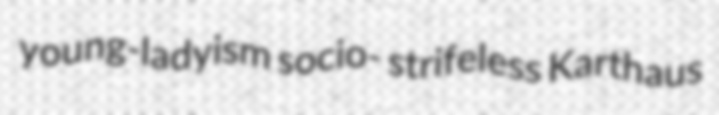
young-ladyism socio- strifeless Karthaus